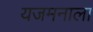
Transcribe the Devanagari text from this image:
यजमनाला